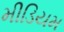
મીડિયમ